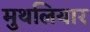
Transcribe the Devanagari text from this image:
मुथलियार